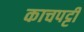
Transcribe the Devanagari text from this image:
काचपट्टी